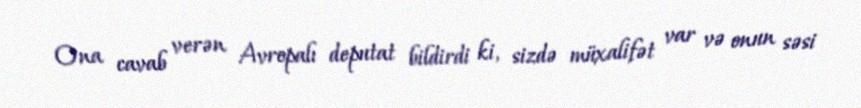
Ona cavab verən Avropalı deputat bildirdi ki, sizdə müxalifət var və onun səsi